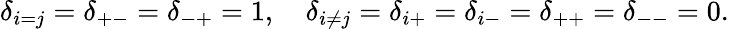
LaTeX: \delta_{i=j}=\delta_{+-}=\delta_{-+}=1,\quad\delta_{i\neq j}=\delta_{i+}=\delta_{i-}=\delta_{++}=\delta_{--}=0.